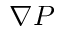
\nabla P